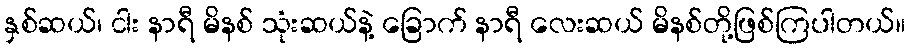
နှစ်ဆယ်၊ ငါး နာရီ မိနစ် သုံးဆယ်နဲ့ ခြောက် နာရီ လေးဆယ် မိနစ်တို့ဖြစ်ကြပါတယ်။